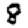
Digit: 8